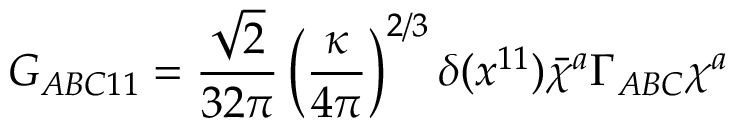
G _ { A B C 1 1 } = \frac { \sqrt { 2 } } { 3 2 \pi } \left( \frac { \kappa } { 4 \pi } \right) ^ { 2 / 3 } \delta ( x ^ { 1 1 } ) \bar { \chi } ^ { a } \Gamma _ { A B C } \chi ^ { a }